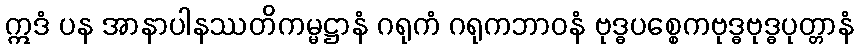
ဣဒံ ပန အာနာပါနဿတိကမ္မဋ္ဌာနံ ဂရုကံ ဂရုကဘာဝနံ ဗုဒ္ဓပစ္စေကဗုဒ္ဓဗုဒ္ဓပုတ္တာနံ